Cholera in southern India
Disease focus: Cholera
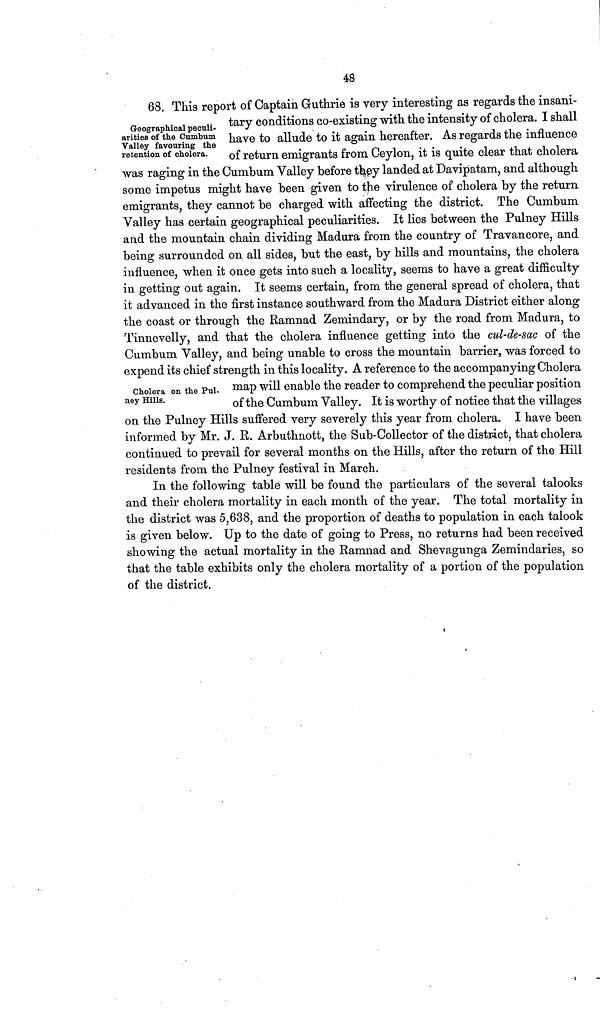
48
Geographical peculi-
arities of the Cumbum
"Valley favouring the
retention of cholera.
68. This report of Captain Guthrie is very interesting as regards the insani-
tary conditions co-existing with the intensity of cholera. I shall
have to allude to it again hereafter. As regards the influence
of return emigrants from Ceylon, it is quite clear that cholera
was raging in the Cumbum Valley before they landed at Davipatam, and although
some impetus might have been given to the virulence of cholera by the return
emigrants, they cannot be charged with affecting the district. The Cumbum
Valley has certain geographical peculiarities. It lies between the Pulney Hills
and the mountain chain dividing Madura from the country of Travancore, and
being surrounded on all sides, but the east, by hills and mountains, the cholera
influence, when it once gets into such a locality, seems to have a great difficulty
in getting out again. It seems certain, from the general spread of cholera, that
it advanced in the first instance southward from the Madura District either along
the coast or through the Ramnad Zemindary, or by the road from Madura, to
Tinnevelly, and that the cholera influence getting into the cul-de-sac of the
Cumbum Valley, and being unable to cross the mountain barrier, was forced to
expend its chief strength in this locality. A reference to the accompanying Cholera
map will enable the reader to comprehend the peculiar position
of the Cumbum Valley. It is worthy of notice that the villages
on the Pulney Hills suffered very severely this year from cholera. I have been
informed by Mr. J. R. Arbuthnott, the Sub-Collector of the district, that cholera
continued to prevail for several months on the Hills, after the return of the Hill
residents from the Pulney festival in March.
Cholera on the Pul-
ney Hills.
In the following table will be found the particulars of the several talooks
and their cholera mortality in each month of the year. The total mortality in
the district was 5,638, and the proportion of deaths to population in each talook
is given below. Up to the date of going to Press, no returns had been received
showing the actual mortality in the Ramnad and Shevagunga Zemindaries, so
that the table exhibits only the cholera mortality of a portion of the population
of the district.